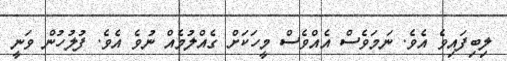
ލިބިފައިވެ އެވެ. ނަމަވެސް އެއްވެސް މީހަކަށް ގެއްލުމެއް ނުވެ އެވެ. ފުލުހުން ވަނީ